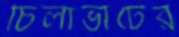
চিলাভার্টের